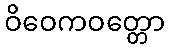
ဝိဝေကဝတ္တော